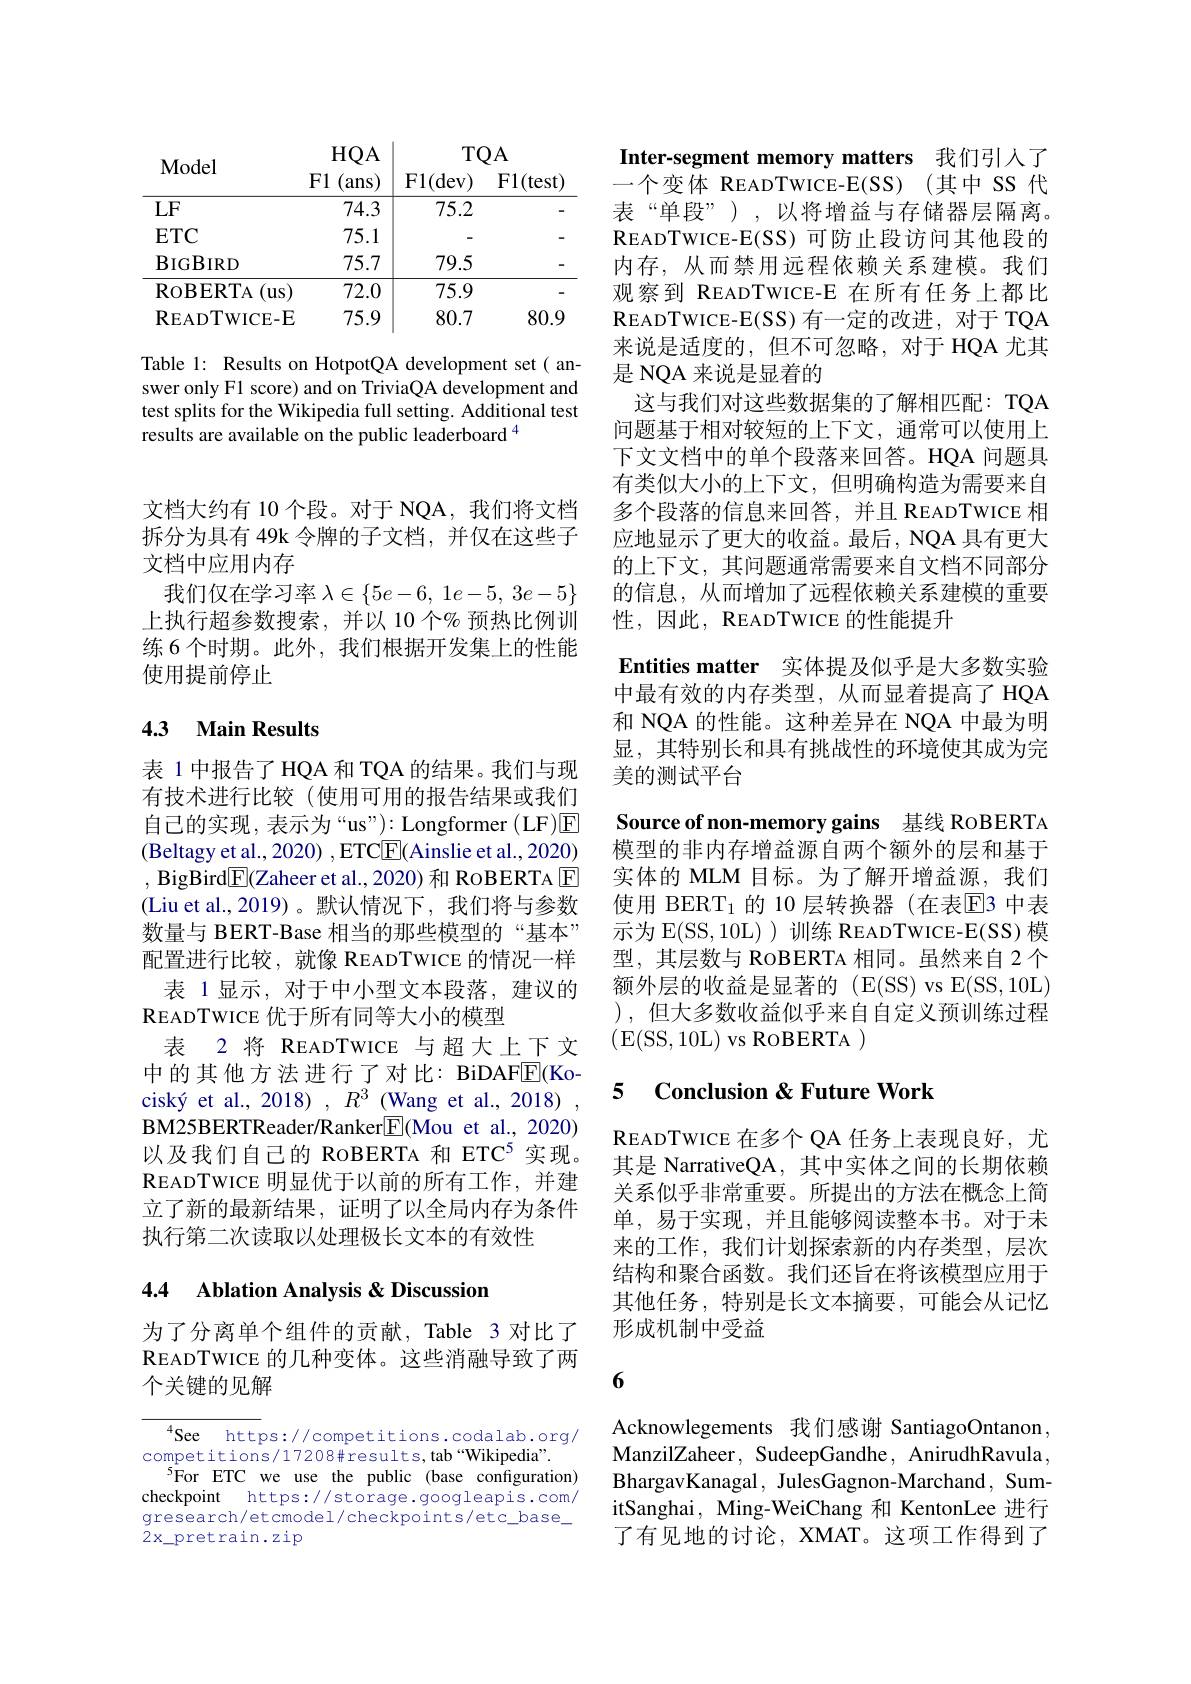
<table>
	<tbody>
		<tr>
			<th>Model</th>
			<th>HQA F1 (ans)</th>
			<th>TQ F1( dev) </th>
			<th>A $F1(test)$</th>
		</tr>
		<tr>
			<td>$LF$</td>
			<td>74.3</td>
			<td>75.2</td>
			<td> </td>
		</tr>
		<tr>
			<td>$ETC$</td>
			<td>75.1</td>
			<td> </td>
			<td> </td>
		</tr>
		<tr>
			<td>$\mathbf{B}_{\mathrm{IGBIRD}}$</td>
			<td>75.7</td>
			<td>79.5</td>
			<td> </td>
		</tr>
		<tr>
			<td>$\operatorname{RoBERTA}$ (us</td>
			<td>72.0</td>
			<td>75.9</td>
			<td> </td>
		</tr>
		<tr>
			<td>$\mathbf{R}_{\mathrm{EADTWICE-E}}$</td>
			<td>$\textcircled{2}$ 75.9</td>
			<td>80.7</td>
			<td>80.9</td>
		</tr>
	</tbody>
</table>

Table 1: Results on HotpotQA development set( answer only F1 score) and on TriviaQA development and test splits for the Wikipedia full setting. Additional test results are available on the public leaderboard $^{4}$

文档大约有 10 个段。对于 NQA, 我们将文档拆分为具有 49k 令牌的子文档，并仅在这些子文档中应用内存
我们仅在学习率$\lambda \in \{ 5e- 6$, $1e- 5$, $3e- 5\}$ 上执行超参数搜索，并以 10 个% 预热比例训练 6 个时期。此外，我们根据开发集上的性能使用提前停止

## 4.3 Main Results

表 1 中报告了 HQA 和 TQA 的结果。我们与现有技术进行比较(使用可用的报告结果或我们自己的实现，表示为“us”): Longformer(LF)☑ (Beltagy et al., 2020) , ETCE( Ainslie et al., 2020) , BigBird$\boxed{\mathbb{E}}($Zaheer et al., 2020) 和 RoBERTA $\boxed{\mathbb{E}}$ (Liu et al.,2019)。默认情况下，我们将与参数数量与 BERT-Base 相当的那些模型的“基本” 配置进行比较，就像 READTWICE 的情况一样
表 1显示，对于中小型文本段落，建议的
READTWICE优于所有同等大小的模型
表 2 将 READTWICE 与超大上下文中的其他方法进行了对比：BiDAFE(Kociský et al., 2018) $,R^3$ (Wang et al., 2018) BM25BERTReader/Ranker$\boxed{\mathrm{F}}($Mou et al., 2020) 以及我们自己的 RoBERTA 和 ETC$^{5}$实现。READTWICE明显优于以前的所有工作，并建立了新的最新结果，证明了以全局内存为条件执行第二次读取以处理极长文本的有效性

## 4.4 Ablation Analysis &Discussion

为了分离单个组件的贡献，Table 3 对比了READTWICE的几种变体。这些消融导致了两个关键的见解

See https://competitions.codalab.org/
$competitions/17208\#results,tab“Wikipedia”.$
$^{5}$For ETC we use the public (base configuration) checkpoint https://storage.googleapis.com/ $\dot{\text{gresearch/etcmodel/checkpoints/etc}}\underline{\text{base}}$ $2x\_$pretrain.zip

Inter-segment memory matters 我们引人了

一个变体 READTWICE-E(SS) (其中 SS 代表“单段”),以将增益与存储器层隔离。READTWICE- E( SS) 可防止段访问其他段的内存，从而禁用远程依赖关系建模。我们观察到 READTWICE-E 在所有任务上都比READTWICE- E( SS) 有 一 定 的 改 进 , 对 于 TQA 来说是适度的，但不可忽略，对于 HQA 尤其是 NQA 来说是显着的
这与我们对这些数据集的了解相匹配：TQA 问题基于相对较短的上下文，通常可以使用上下文文档中的单个段落来回答。HQA 问题具有类似大小的上下文，但明确构造为需要来自多个段落的信息来回答，并且 READTWICE 相应地显示了更大的收益。最后，NQA 具有更大的上下文，其问题通常需要来自文档不同部分的信息，从而增加了远程依赖关系建模的重要性，因此，READTWICE 的性能提升
Entities matter 实体提及似乎是大多数实验中最有效的内存类型，从而显着提高了 HQA 和 NQA 的性能。这种差异在 NQA 中最为明显，其特别长和具有挑战性的环境使其成为完美的测试平台
Source of non-memory gains 基线 ROBERTA 模型的非内存增益源自两个额外的层和基于实体的 MLM 目标。为了解开增益源，我们使用 BERT1 的 10 层转换器 (在表$\overline{\mathrm{E}}$3 中表示为 E(SS,10L)训练 READTWICE-E(SS) 模型，其层数与 RoBERTA 相同。虽然来自 2 个额外层的收益是显著的 (E(SS) vs E(SS,10L) ), 但大多数收益似乎来自自定义预训练过程(E(SS,10L)vs RoBERTA)

## 5 $\textbf{Conclusion < Future Work}$

READTWICE在多个 QA 任务上表现良好，尤其是 NarrativeQA, 其中实体之间的长期依赖关系似乎非常重要。所提出的方法在概念上简单，易于实现，并且能够阅读整本书。对于未来的工作，我们计划探索新的内存类型，层次结构和聚合函数。我们还旨在将该模型应用于其他任务，特别是长文本摘要，可能会从记忆形成机制中受益

6

Acknowlegements 我们感谢 SantiagoOntanon, ManzilZaheer, SudeepGandhe, AnirudhRavula, BhargavKanagal, JulesGagnon-Marchand, SumitSanghai, Ming-WeiChang 和 KentonLee 进行了有见地的讨论，XMAT。这项工作得到了